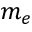
m _ { e }